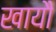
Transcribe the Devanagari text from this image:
खायौ